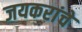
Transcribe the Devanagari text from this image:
जयकरांचे